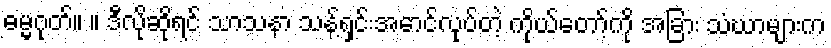
ဓမ္မဂုတ်။ ။ ဒီလိုဆိုရင် သာသနာ သန့်ရှင်းအောင်လုပ်တဲ့ ကိုယ်တော့်ကို အခြား သံဃာများက